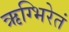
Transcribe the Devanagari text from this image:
ऋग्भिरेतं